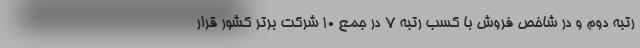
رتبه دوم و در شاخص فروش با کسب رتبه 7 در جمع 10 شرکت برتر کشور قرار